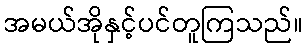
အမယ်အိုနှင့်ပင်တူကြသည်။